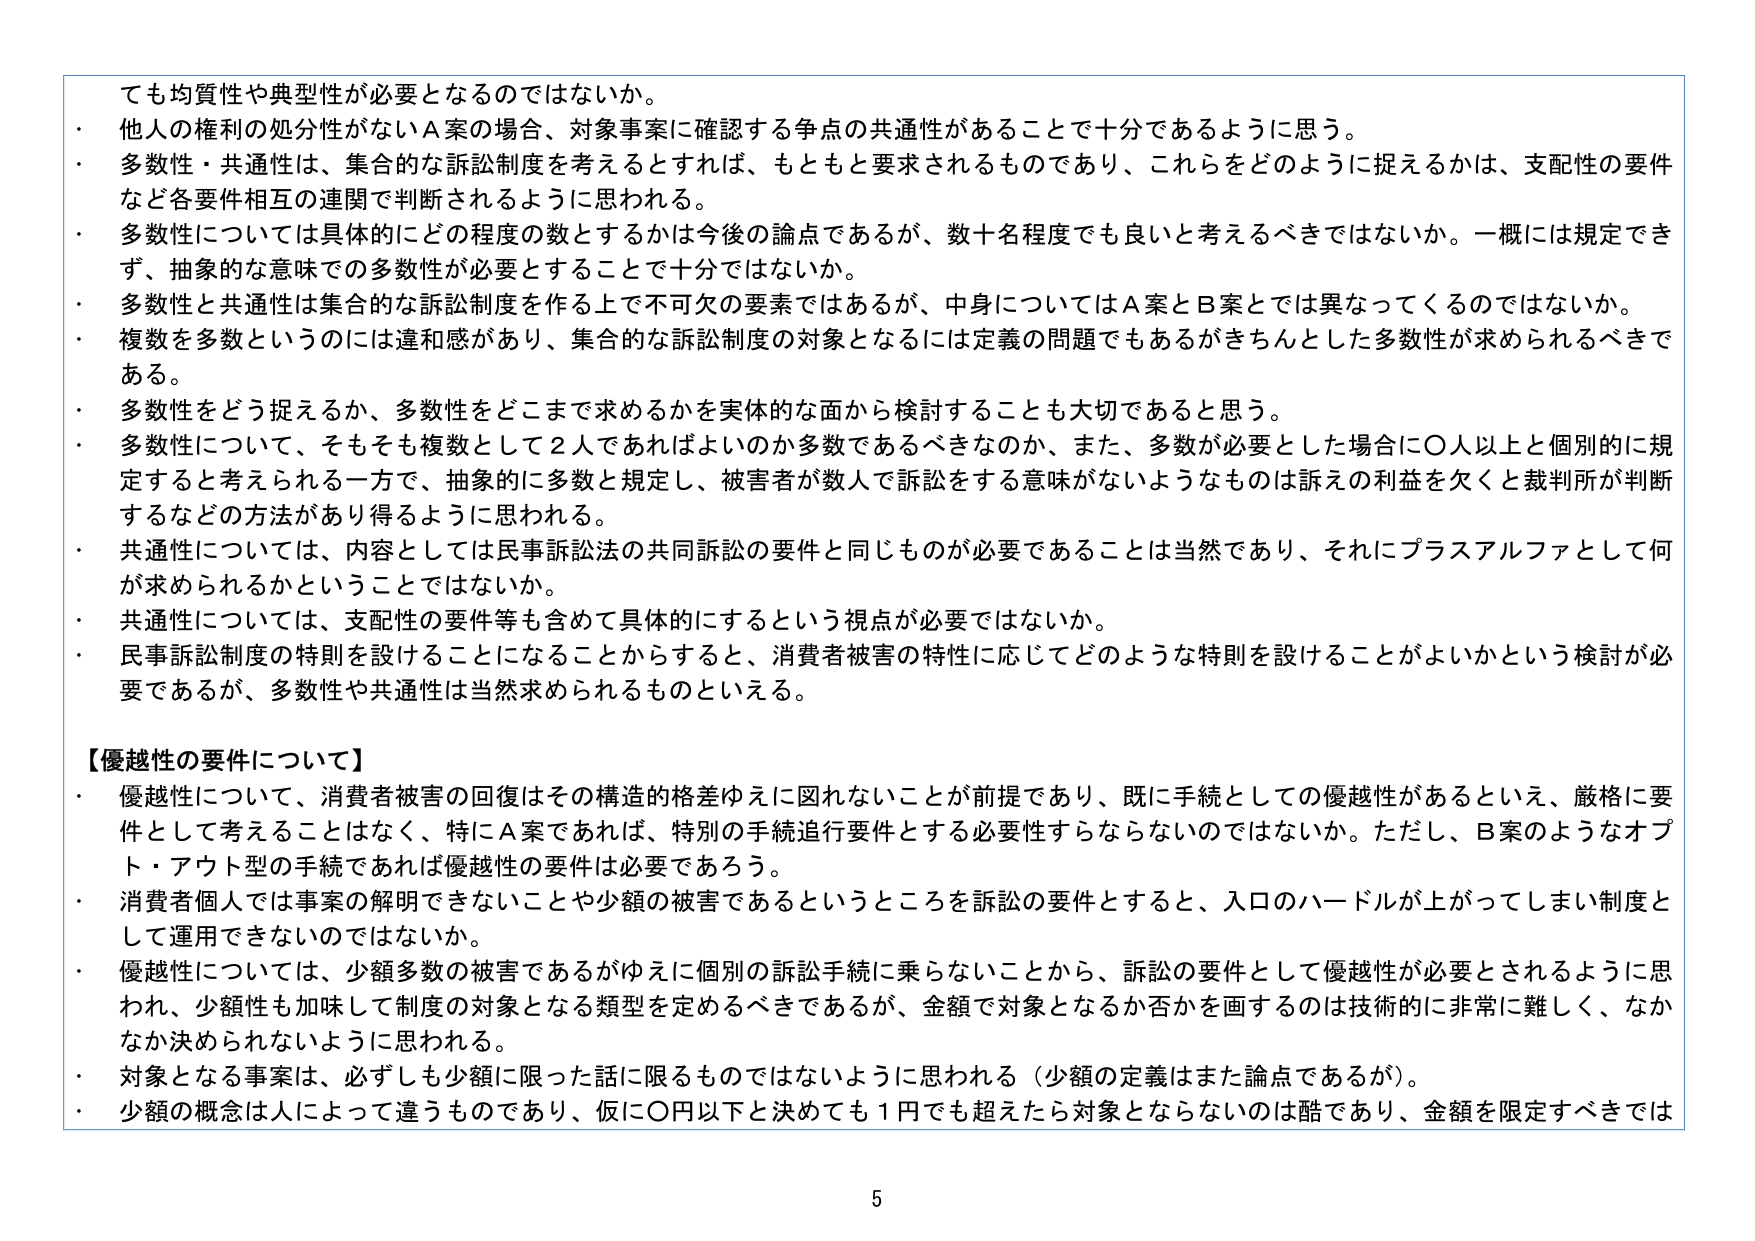
ても均質性や典型性が必要となるのではないか。
・ 他人の権利の処分性がないＡ案の場合、対象事案に確認する争点の共通性があることで十分であるように思う。
・ 多数性・共通性は、集合的な訴訟制度を考えるとすれば、もともと要求されるものであり、これらをどのように捉えるかは、支配性の要件など各要件相互の連関で判断されるように思われる。
・ 多数性については具体的にどの程度の数とするかは今後の論点であるが、数十名程度でも良いと考えるべきではないか。一概には規定できず、抽象的な意味での多数性が必要とすることで十分ではないか。
・ 多数性と共通性は集合的な訴訟制度を作る上で不可欠の要素ではあるが、中身についてはＡ案とＢ案とでは異なってくるのではないか。
・ 複数を多数というのには違和感があり、集合的な訴訟制度の対象となるには定義の問題でもあるがきちんとした多数性が求められるべきである。
・ 多数性をどう捉えるか、多数性をどこまで求めるかを実体的な面から検討することも大切であると思う。
・ 多数性について、そもそも複数として２人であればよいのか多数であるべきなのか、また、多数が必要とした場合に〇人以上と個別的に規定すると考えられる一方で、抽象的に多数と規定し、被害者が数人で訴訟をする意味がないようなものは訴えの利益を欠くと裁判所が判断するなどの方法があり得るように思われる。
・ 共通性については、内容としては民事訴訟法の共同訴訟の要件と同じものが必要であることは当然であり、それにプラスアルファとして何が求められるかということではないか。
・ 共通性については、支配性の要件等も含めて具体的にするという視点が必要ではないか。
・ 民事訴訟制度の特則を設けることになることからすると、消費者被害の特性に応じてどのような特則を設けることがよいかという検討が必要であるが、多数性や共通性は当然求められるものといえる。

【優越性の要件について】
・ 優越性について、消費者被害の回復はその構造的格差ゆえに図れないことが前提であり、既に手続としての優越性があるといえば、厳格に要件として考えることはなく、特にＡ案であれば、特別の手続追行要件とする必要性すらならないのではないか。ただし、Ｂ案のようなオプト・アウト型の手続であれば優越性の要件は必要であろう。
・ 消費者個人では事案の解明できないことや少額の被害であるというところを訴訟の要件とすると、入口のハードルが上がってしまい制度として運用できないのではないか。
・ 優越性については、少額多数の被害であるがゆえに個別の訴訟手続に乗らないことから、訴訟の要件として優越性が必要とされるように思われ、少額性も加味して制度の対象となる類型を定めるべきであるが、金額で対象となるか否かを画するのは技術的に非常に難しく、なかなか決められないように思われる。
・ 対象となる事案は、必ずしも少額に限った話に限るものではないように思われる（少額の定義はまた論点であるが）。
・ 少額の概念は人によって違うものであり、仮に〇円以下と決めても１円でも超えたら対象とならないのは酷であり、金額を限定すべきでは

5